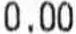
0.00